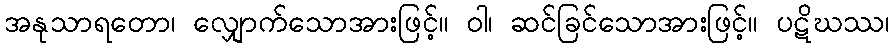
အနုသာရတော၊ လျှောက်သောအားဖြင့်။ ဝါ၊ ဆင်ခြင်သောအားဖြင့်။ ပဋိဃဿ၊